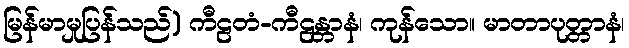
မြန်မာမှုပြန်သည်) ကီဠတံ-ကီဠန္တာနံ၊ ကုန်သော။ မာတာပုတ္တာနံ၊